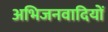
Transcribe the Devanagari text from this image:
अभिजनवादियों